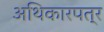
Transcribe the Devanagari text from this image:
अथिकारपत्र